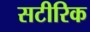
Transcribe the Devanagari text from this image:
सटीरिक